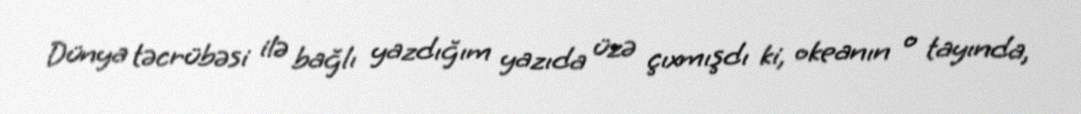
Dünya təcrübəsi ilə bağlı yazdığım yazıda üzə çıxmışdı ki, okeanın o tayında,